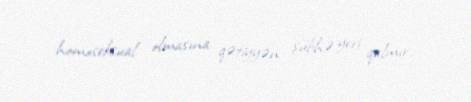
homoseksual olmasına qətiyyən şübhə yeri qalmır.